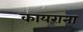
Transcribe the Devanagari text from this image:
कायराना